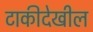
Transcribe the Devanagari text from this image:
टाकीदेखील